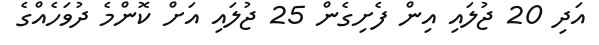
އަދި 20 ޖުލައި އިން ފެށިގެން 25 ޖުލައި އަށް ކޮންމެ ދުވަހެއްގެ